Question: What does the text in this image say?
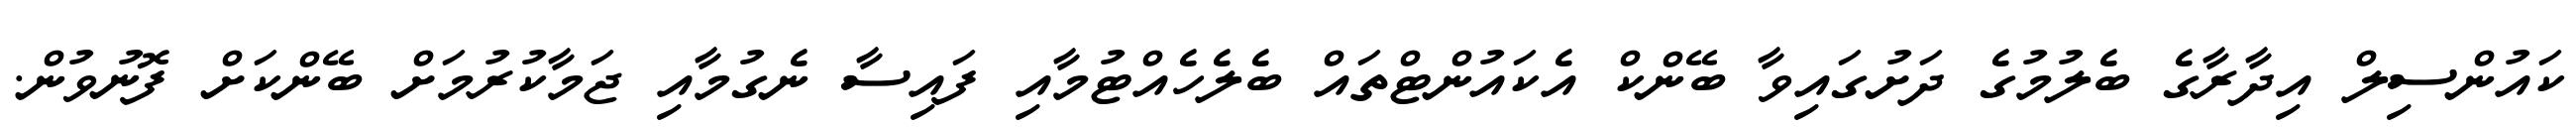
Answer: ކައުންސިލް އިދާރާގެ ބެލުމުގެ ދަށުގައިވާ ބޭންކް އެކައުންޓްތައް ބެލެހެއްޓުމާއި ފައިސާ ނެގުމާއި ޖަމާކުރުމަށް ބޭންކަށް ފޮނުވުން.